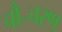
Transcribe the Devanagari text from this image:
चौ॰चरण